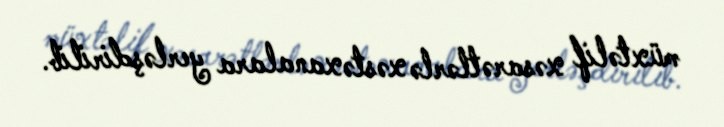
müxtəlif xəsarətlərlə xəstəxanalara yerləşdirilib.